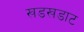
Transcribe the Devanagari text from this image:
खडखडाट